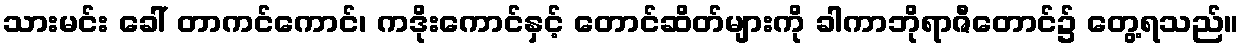
သားမင်း ခေါ် တာကင်ကောင်၊ ကဒိုးကောင်နှင့် တောင်ဆိတ်များကို ခါကာဘိုရာဇီတောင်၌ တွေ့ရသည်။